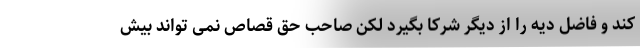
کند و فاضل دیه را از دیگر شرکا بگیرد لکن صاحب حق قصاص نمی تواند بیش